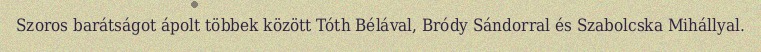
Szoros barátságot ápolt többek között Tóth Bélával, Bródy Sándorral és Szabolcska Mihállyal.